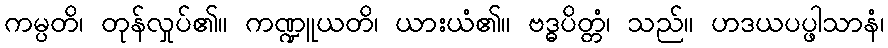
ကမ္ပတိ၊ တုန်လှုပ်၏။ ကဏ္ဍူယတိ၊ ယားယံ၏။ ဗဒ္ဓပိတ္တံ၊ သည်။ ဟဒယပပ္ဖါသာနံ၊